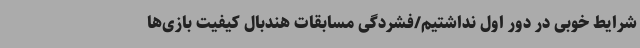
شرایط خوبی در دور اول نداشتیم/فشردگی مسابقات هندبال کیفیت بازی‌ها